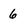
Character: 6